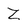
Character: Z